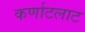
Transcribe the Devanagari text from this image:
कर्णाटलाट